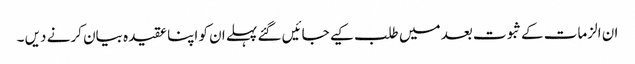
ان الزمات کےثبوت بعد میں طلب کیے جائیں گئے پہلے ان کو اپنا عقیدہ بیان کرنے دیں ۔